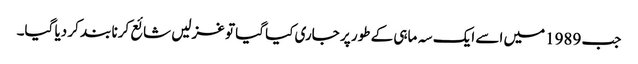
جب 1989میں اسے ایک سہ ماہی کے طور پر جاری کیا گیا تو غزلیں شائع کرنا بند کر دیا گیا۔